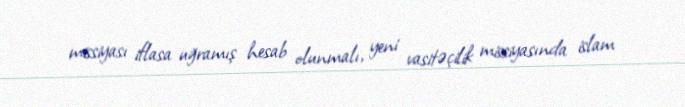
missiyası iflasa uğramış hesab olunmalı, yeni vasitəçilik missiyasında islam